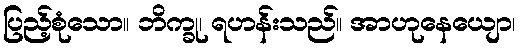
ပြည့်စုံသော။ ဘိက္ခု၊ ရဟန်းသည်။ အာဟုနေယျော၊